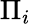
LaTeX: \Pi_{i}